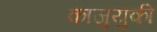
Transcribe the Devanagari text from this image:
काजुयुकी